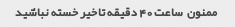
ممنون  ساعت ٤٠ دقیقه تاخیر خسته نباشید